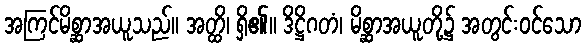
အကြင်မိစ္ဆာအယူသည်။ အတ္ထိ၊ ရှိ၏။ ဒိဋ္ဌိဂတံ၊ မိစ္ဆာအယူတို့၌ အတွင်းဝင်သော